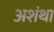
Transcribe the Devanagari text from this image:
अशंथा